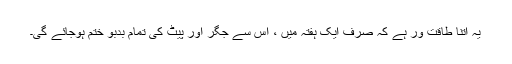
یہ اتنا طاقت ور ہے کہ صرف ایک ہفتہ میں ، اس سے جگر اور پیٹ کی تمام بدبو ختم ہوجائے گی۔